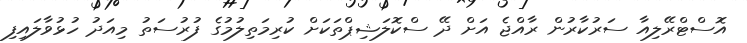
އޮސްޓްރޭލިއާ ސަރުކާރުން ރާއްޖެ އަށް ދޭ ސްކޮލަޝިޕްތަކަށް ކުރިމަތިލުމުގެ ފުރުސަތު މިއަދު ހުޅުވާލައިފި